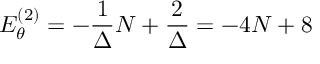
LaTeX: E _ { \theta } ^ { ( 2 ) } = - \frac { 1 } { \Delta } N + \frac { 2 } { \Delta } = - 4 N + 8